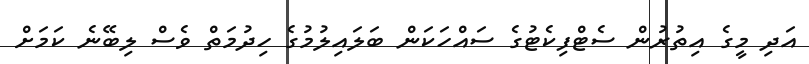
އަދި މީގެ އިތުރުން ސެޓްފިކެޓުގެ ސައްހަކަން ބަލައިލުމުގެ ހިދުމަތް ވެސް ލިބޭނެ ކަމަށް